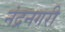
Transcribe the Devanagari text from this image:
नंद्रनगरी